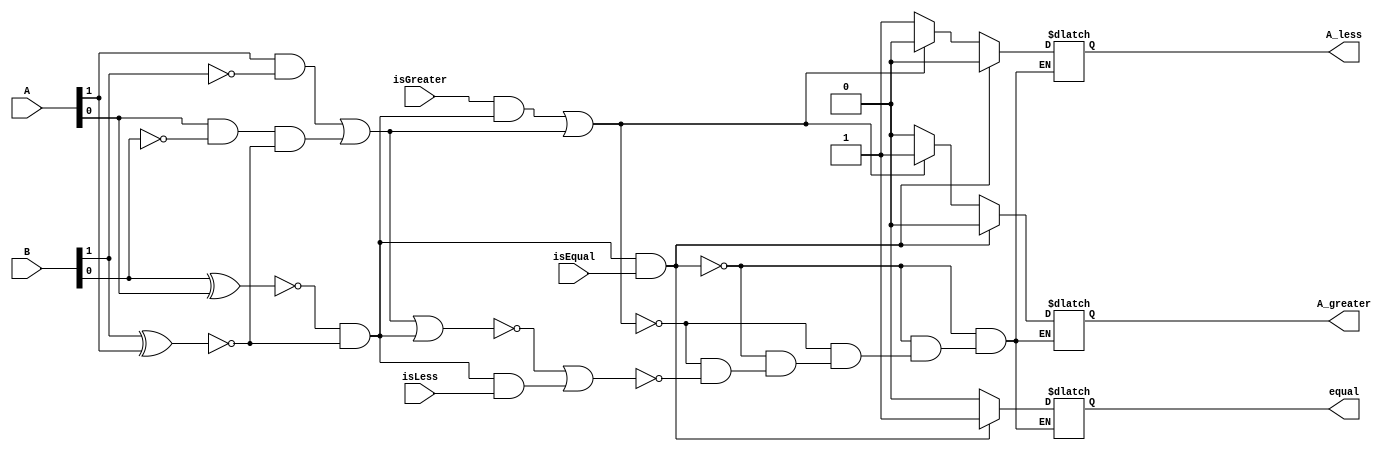
module TwoBitComparator(
    input [1:0] A, B,
    input isEqual, isGreater, isLess,
    output  reg equal,
    output  reg A_greater,
    output  reg A_less
);

    wire x,y,z,w,c;
    xnor(x, B[0], A[0]);
    xnor(y, B[1], A[1]);
    or(z, (A[1] & ~B[1]), (A[0] & ~B[0] & y));
    and(w, x , y);
    nor(c, z ,w);

always@(*)begin


if(w & isEqual)begin
       A_less = 0;
       equal = 1;
       A_greater = 0;
      end
else if((isGreater & w) | z)begin
 	A_less = 0;
        equal = 0;
        A_greater = 1;
      end
else if(c | (w & isLess))begin
 	A_less = 1;
        equal = 0;
        A_greater = 0;
      end

end
endmodule